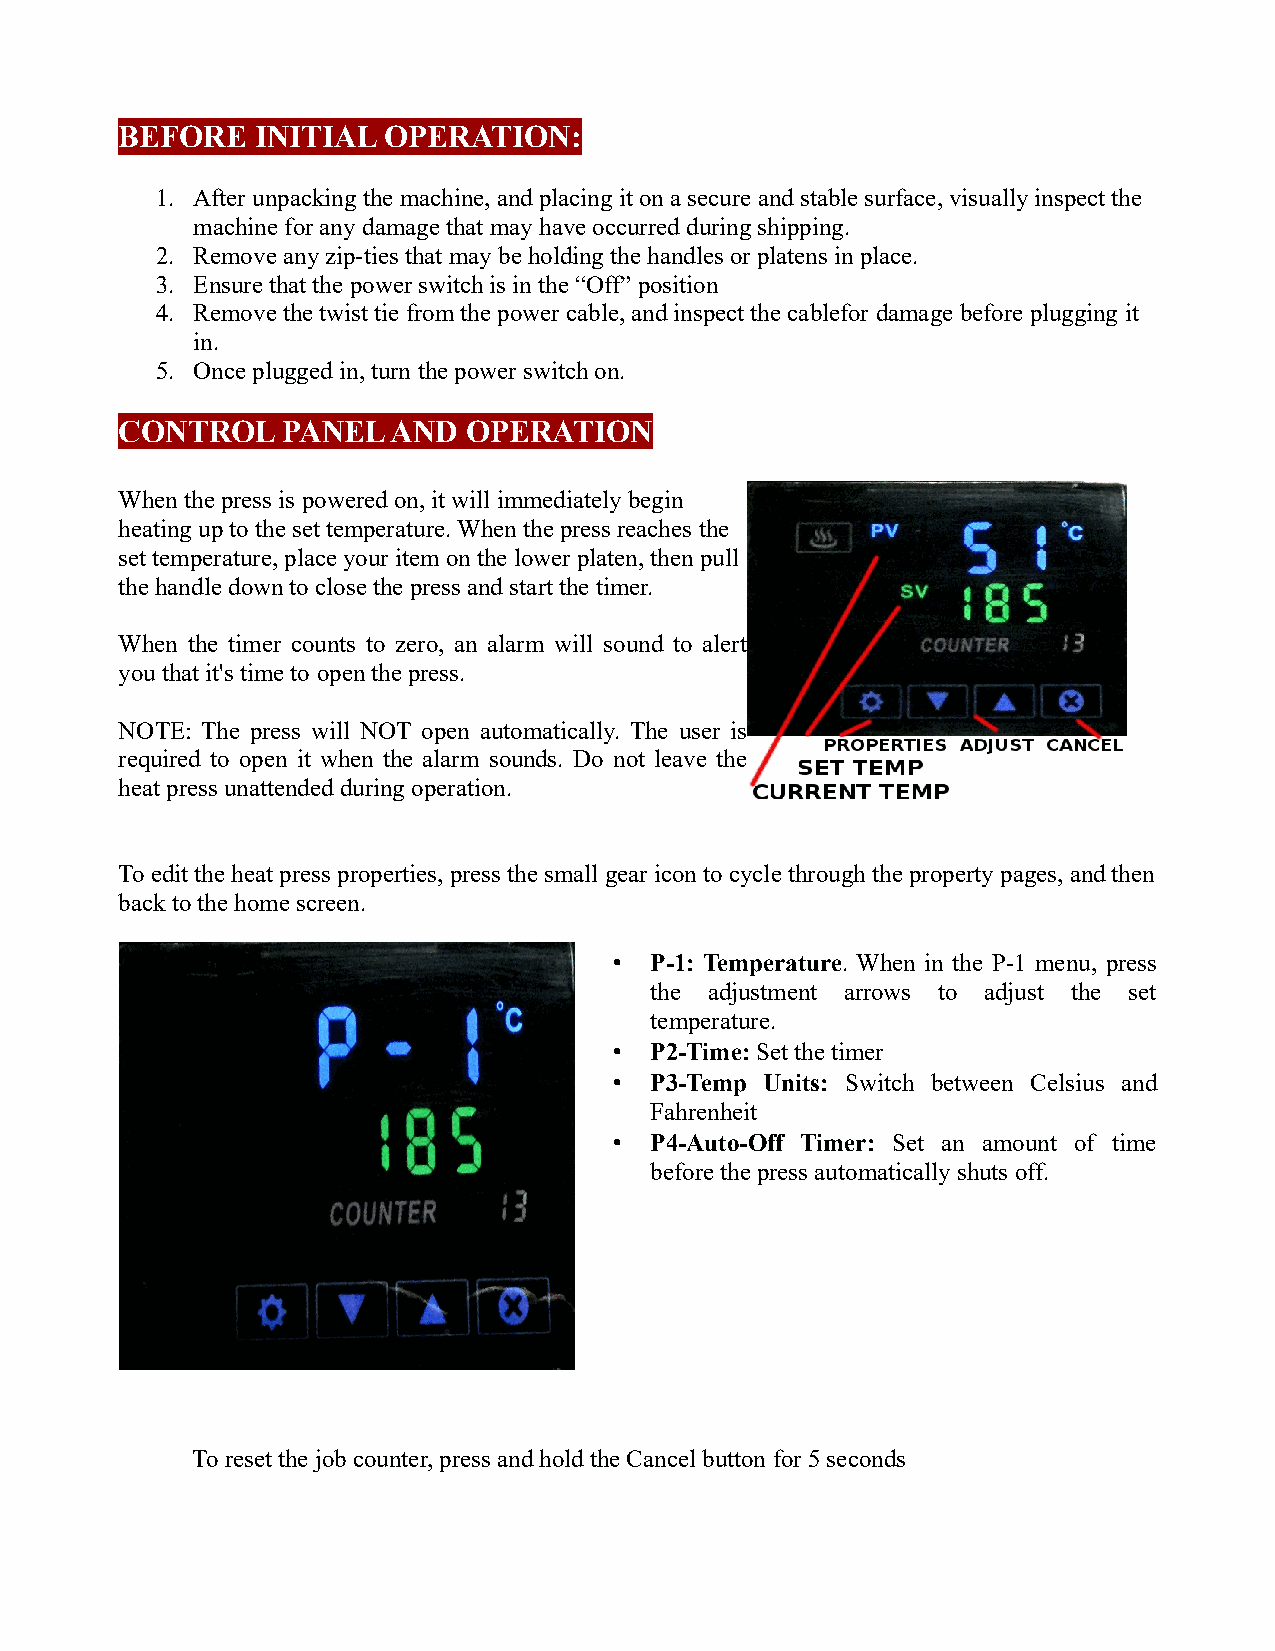
BEFORE   INITIAL OPERATION:
 1. After unpacking the machine, and placing it on a secure and stable surface, visually inspect the
 machine for any damage that may have occurred during shipping.
 2. Remove any zip-ties that may be holding the handles or platens in place.
 3. Ensure that the power switch is in the “Off” position
 4. Remove the twist tie from the power cable, and inspect the cablefor damage before plugging it
 in.
 5. Once plugged in, turn the power switch on.
 CONTROL    PANEL  AND  OPERATION
 When the press is powered on, it will immediately begin
 heating up to the set temperature. When the press reaches the
 set temperature, place your item on the lower platen, then pull
 the handle down to close the press and start the timer.
 When the timer counts to zero, an alarm will sound to alert
 you that it's time to open the press.
 NOTE: The press will NOT open automatically. The user is
 required to open it when the alarm sounds. Do not leave the
 heat press unattended during operation.
 To edit the heat press properties, press the small gear icon to cycle through the property pages, and then
 back to the home screen.
 • P-1: Temperature. When in the P-1 menu, press
 the adjustment arrows to adjust the set
 temperature.
 • P2-Time: Set the timer
 • P3-Temp Units: Switch between Celsius and
 Fahrenheit
 • P4-Auto-Off Timer: Set an amount of time
 before the press automatically shuts off.
 To reset the job counter, press and hold the Cancel button for 5 seconds